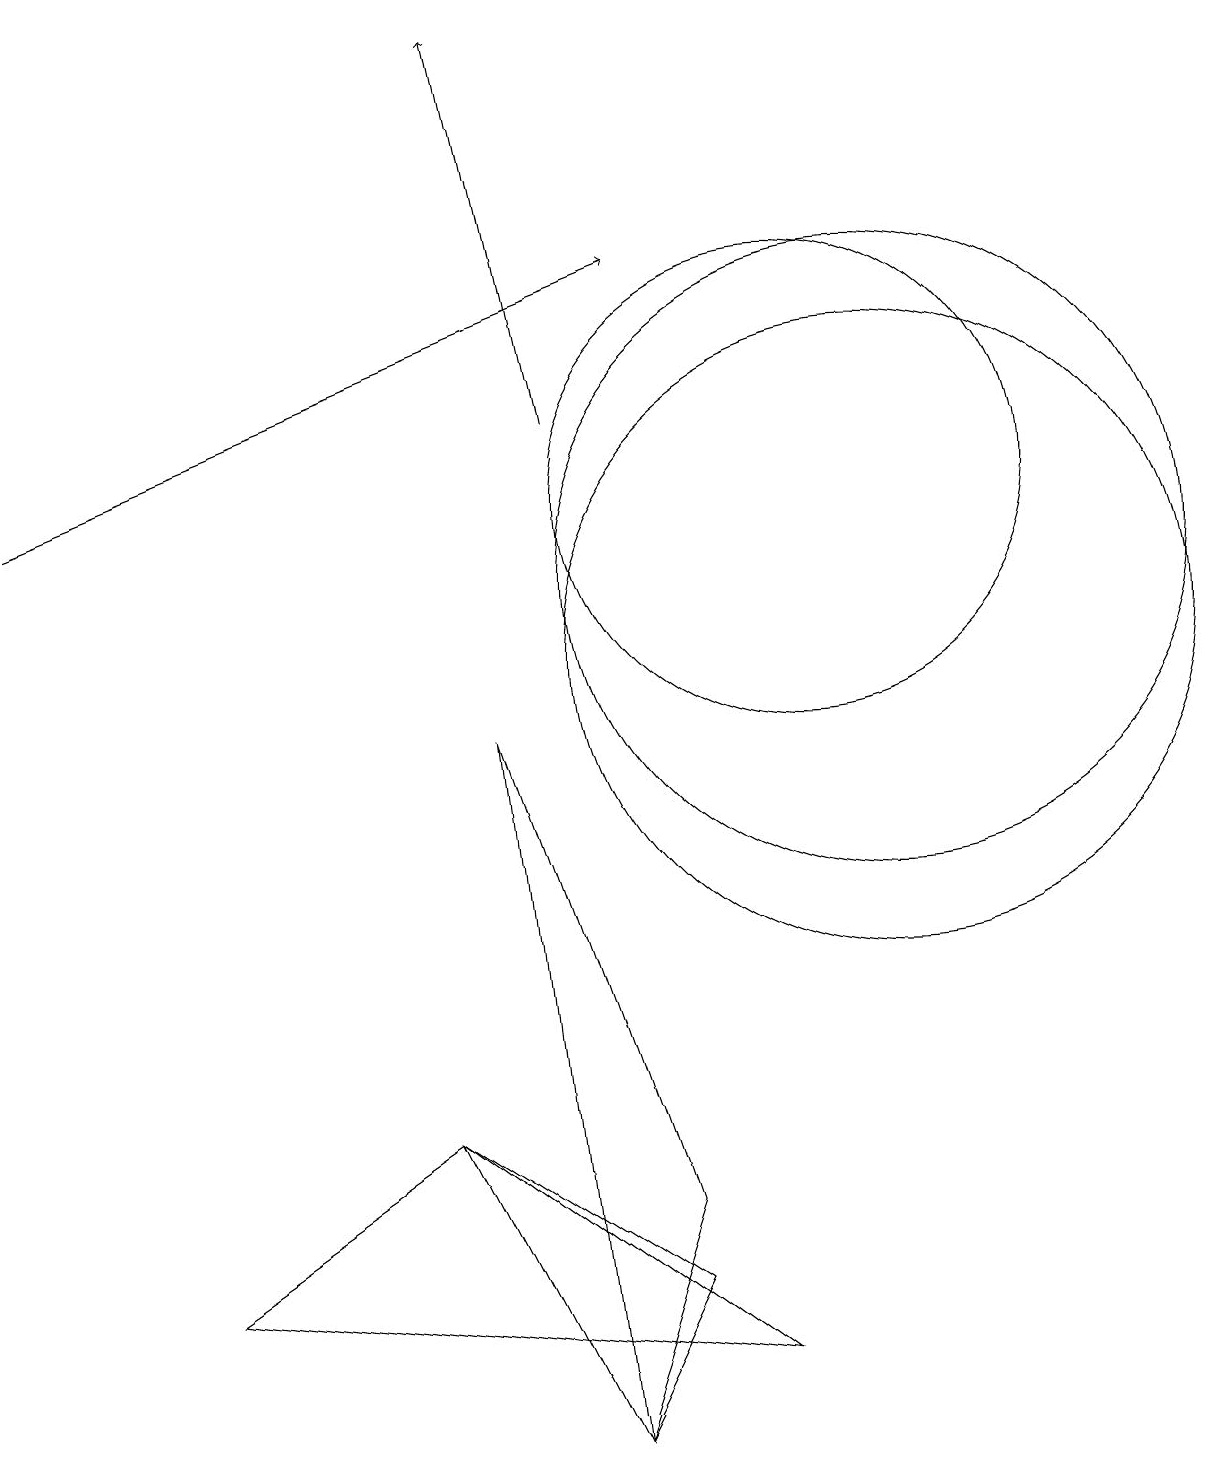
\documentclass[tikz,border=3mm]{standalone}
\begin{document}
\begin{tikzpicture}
\draw[->] (7,13) -- (6,18);
\draw (9,1) -- (2,2) -- (5,4) -- cycle;
\draw[->] (0,12) -- (8,15);
\draw (7,0) -- (5,4) -- (8,2) -- cycle;
\draw (8,3) -- (6,9) -- (7,0) -- cycle;
\draw (11,10) circle (4);
\draw (10,12) circle (3);
\draw (11,11) circle (4);
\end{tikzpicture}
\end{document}